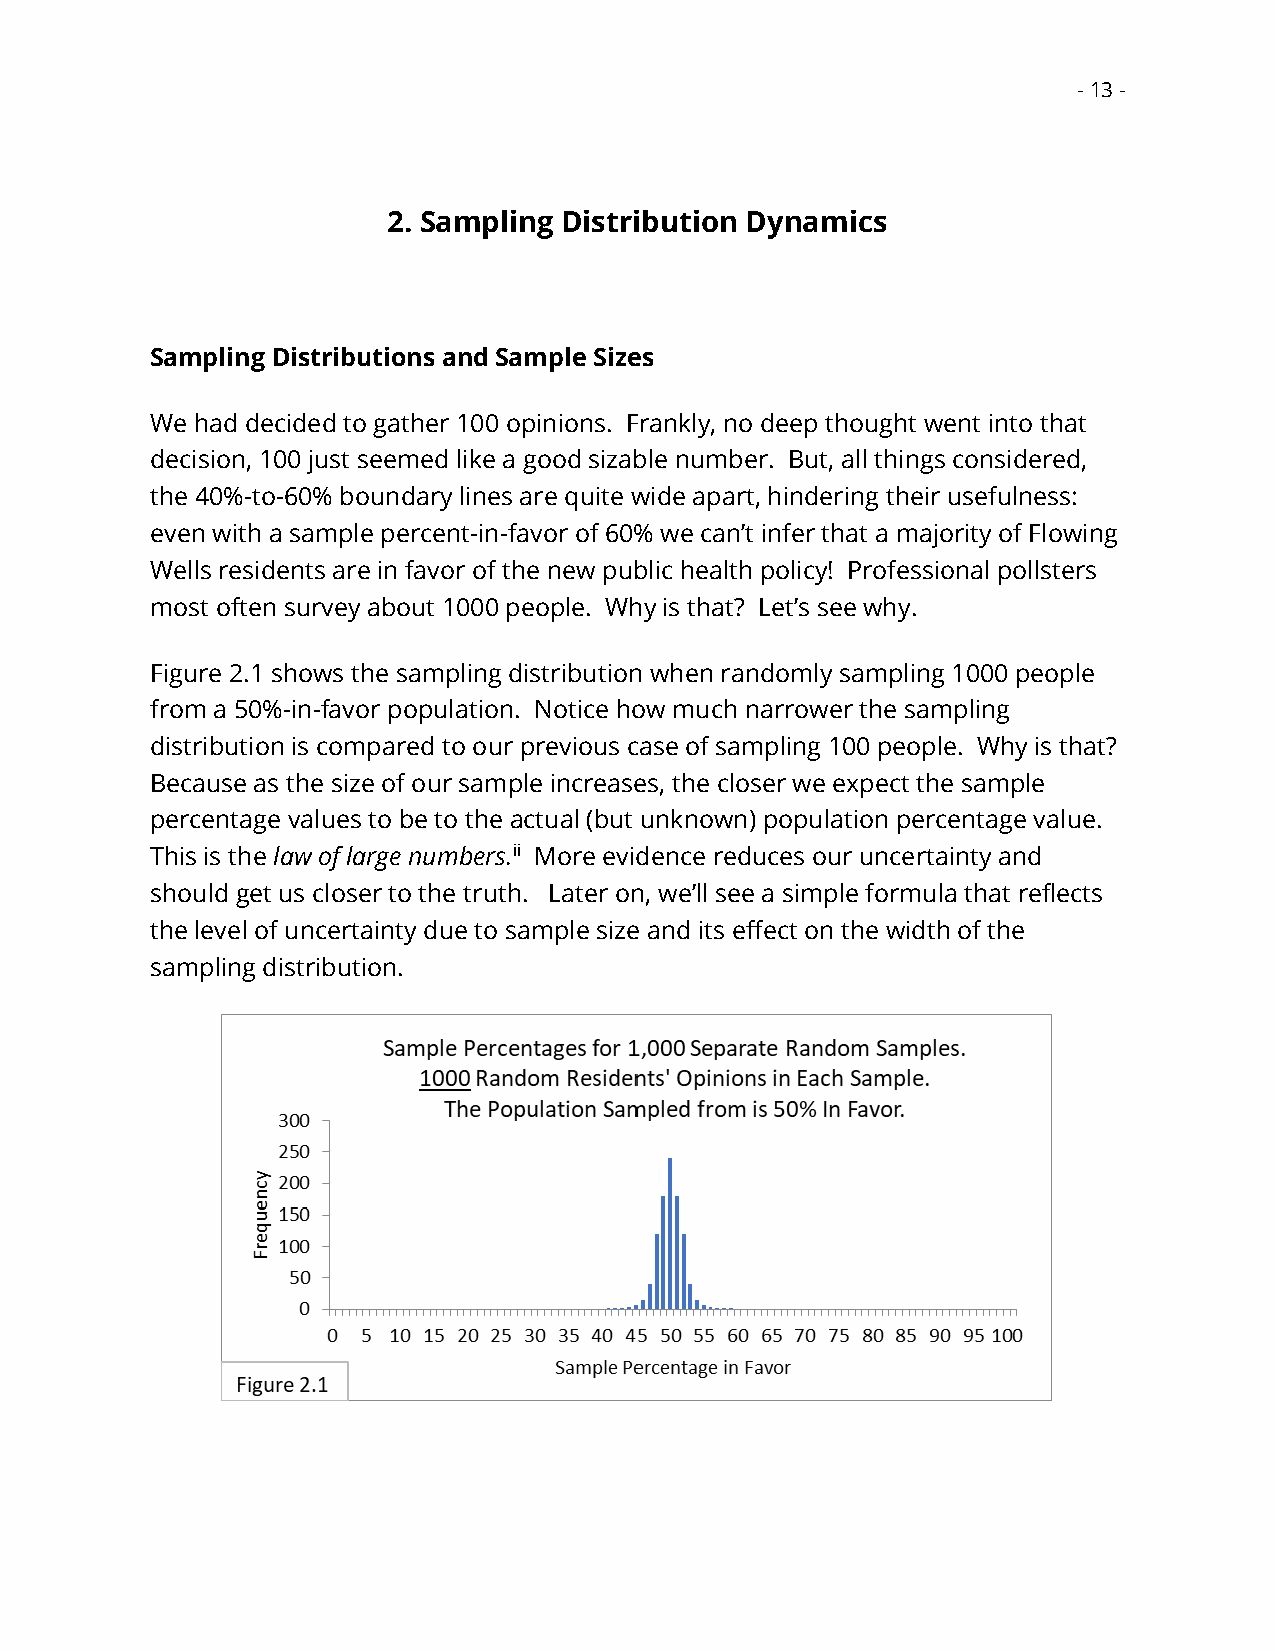
- 13 -
 2. Sampling Distribution Dynamics
 Sampling Distributions and Sample Sizes
 We had decided to gather 100 opinions. Frankly, no deep thought went into that
 decision, 100 just seemed like a good sizable number. But, all things considered,
 the 40%-to-60% boundary lines are quite wide apart, hindering their usefulness:
 even with a sample percent-in-favor of 60% we can’t infer that a majority of Flowing
 Wells residents are in favor of the new public health policy! Professional pollsters
 most often survey about 1000 people. Why is that? Let’s see why.
 Figure 2.1 shows the sampling distribution when randomly sampling 1000 people
 from a 50%-in-favor population. Notice how much narrower the sampling
 distribution is compared to our previous case of sampling 100 people. Why is that?
 Because as the size of our sample increases, the closer we expect the sample
 percentage values to be to the actual (but unknown) population percentage value.
 This is the law of large numbers.ii More evidence reduces our uncertainty and
 should get us closer to the truth. Later on, we’ll see a simple formula that reflects
 the level of uncertainty due to sample size and its effect on the width of the
 sampling distribution.